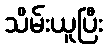
သိမ်းယူပြီး